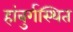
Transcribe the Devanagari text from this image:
हांबुर्गस्थित